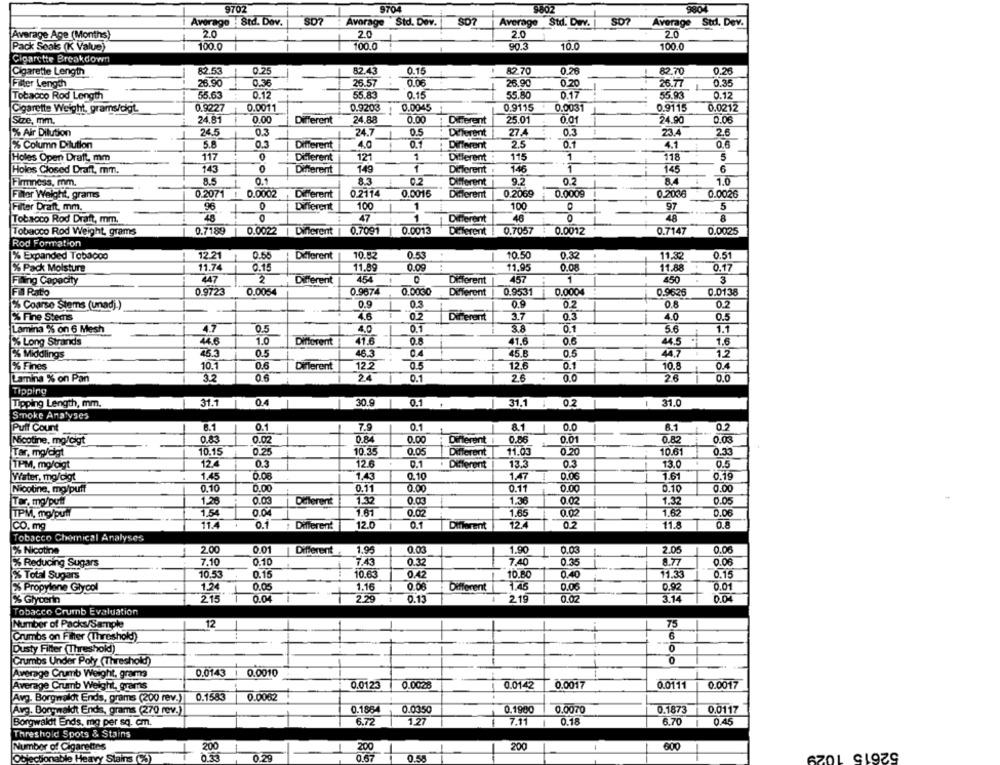
9702
9704
9802
9804
Average : Std. Dov.
SD?
Average Std. Dev.
$07
Average Std. Dav.
So?
Average
Std. Dev.
Average Age (Months)
20
2.0
2.0
2.0
Pack Seals (K Value)
100.0
100.0
90.3
10.0
100.0
Cigarette Breakdown
0.25
82.43
0.15
82 70
0.28
0.26
Cigarette Length
82.53
82.70
Filter Length
26.90
0.36
26.57
0.06
26.90
0.20
26.77
0.35
Tobacco Rod Length
55.63
0.12
55.83
0.15
55.80
0.17
55.93
0.12
0.9227
0.0011
0.9203
0.0045
0.9115
0.0031
0.9115
0.0212
Cigarette Weight, grams/digt.
1
Size, mm.
24.81
0.00
Different
24.88
0.00
Different
25.01
0.01
24.90
0.06
27 4
% Air Dilution
24.5
0.5
24.7
0.5
DETerent
23.4
2.6
% Column Dilution
5.8
0.3
Different
4.0
Different
2.5
0.1
4.1
0.6
Holes Open Draft, mm
117
0
Different
12
1
Different
115
1
118
5
143
0
Different
149
1
146
1
145
6
Holes Closed Draft, mm.
Different
Firmness, mm.
8.5
0.1
8.3
0.2
Different
9.2
8.4
1.0
Filer Weight, grams
0.2071 !
0.0002
Different
0.2114
0.0016
Different
0.2069
0.0009
0.2036
0.0026
Filter Draft, mm.
96
0
Different
100
1
100
0
97
5
Tobacco Rod Draft, mm.
48
47
1
Different
46
0
48
8
0.0022
0.0013
0.7057
0.0025
Tobacco Rod Weight, grams
0.7189
Different
0.7091
Different
: 0.0012
0.7147
Rod Formation
% Expanded Tobacco
12.21
0.55
Different
10.82
0.53
10.50
0.32
11,32
0.51
% Pack Moisture
11.74
0.15
11.89
0.09
11.95
0.08
11.88
0.17
Filing Capacity
447
2
Different
454
Different
457
1
3
0.9723
0.0054
0.9674
0.0004
0.0138
Fill Rato
0.0030
Different
0.9531
0.9626
% Coarse Stems (unad).)
0.9
0.3
0.8
0.2
0.8
0.2
2% Fine Stems
4.6
02
Different
3.7
0.3
0.5
Lamina % on 6 Mesh
4.7
0.5
4.0
0.1
0.1
5.6
1.1
% Long Strands
446
1.0
Different
41.6
0.8
41.6
0.6
1.6
0.5
46.3
45.B
0.5
44.7
1.2
2% Middlings
763
% Fines
10.1
0.6
Different
122
0.5
12.6
0.1
10.8
Lamina % on Pan
3.2
0.6
24
0.1
2.6
0.0
26
0.0
Tipping
Tipping Length, mm.
-
31.1
0.4
1
30.9
0.1
31.1 : 0.2
31.0
Smoke Analyse5
Puff Count
6.1
0.1
7.9
0.1
8.1
0.0
6.1
02
Nicotine, mo/cigt
0.83
0.02
0.84
0.00
Different
0.86
0.01
0.82
0.03
10.15
0.25
10 35
0.05
Different
11.03
0.20
10.61
0.33
Tar, mo/digt
TPM, mg/digt
12.4
03
12.6
0.1
. Different
13.3
0.3
13.0
0.5
0.08
1.43
0.06
Water, mg/cigt
1.45
0.10
1.47
1.61
0.19
Nicotine, mg/puff
0.10
0.00
0.11
0.00
0.11
0.00
0.10
0.00
Tar, mg/puff
1.26
0.03
Delerent
1.32
0.03
1.36
0.02
1.32
0.05
1.54
0.04
1.61
0.02
1.65
0.02
1.62
0.06
TPM, mg/pull
CO. mg
11.4
0.1
Different
12.0
0.1
Different
12.4
0.2
11.8
0.8
Tobacco Chemical Analyses
% Nicotine
2.00
0.01
Different
1.95
0.03
1.90
0.03
2.05
0.06
-
Reducing Sugars
7.10
0.10
7.43
0.32
7.40
0.35
8.77
0.08
10.53
0.15
10.63
0.42
10.80
0.40
0.15
% Total Sugars
1
% Propylene Glycol
1.24
0.05
1.16
0.08
Different
1.45
0.06
0.92
0.01
% Glycerin
215
0.04
2.29
0.13
219
0.02
3.14
0.04
Tobacco Crumb Evaluation
Number of Packs/Sample
12
75
6
Crumbs on Filter (Threshold)
Dusty Filter (Threshold)
Crumbs Under Poly (Threshold)
O
Average Crumb Weight, grams
0.0143
0.0010
Average Crumb Weight, grams
0.0123
0.0028
0.0142
0.0017
0.0111
0.0017
0.1583
0.0062
Avg. Borgwaldt Ends, grams (200 rev.)
Avg. Borgwaldt Ends, grams (270 rev.)
0.186
0.0350
0.1900
0.0070
0.1873
0.0117
Borgwaldt Ends. mg per sq. cm.
6.72
1.27
7.11
0.18
6.70
0.45
Threshold Spots & Stains
Number of Cigarettes
200
200
200
600
52615 1029
Objectionable Heavy Stains (%
0.58